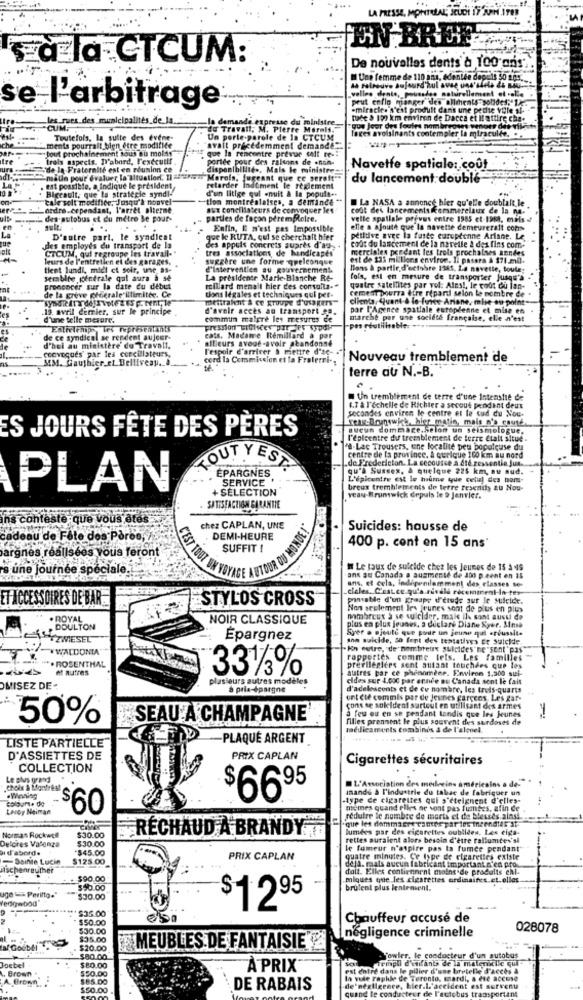
LA PRESSE, MONTRÉAL; JEUDI 17'NIN ITER
EN BREL
à la CTCUM:
De nouvelles dents à 100 ans.
Une femme de 110 ans, édentée depuis 50 01.
as retrouve aujourd'hui avse uns'slets &h
_velles dents, pousadas naturellement et al.
peut enflo manger des aliments sondes,"14
se l'arbitrage
-miracle. s'est produit dans une petite ville si-
les rues des municipalités_de_la.
tuade & 100 km environ de Dacca et Il attire che-
CUM
de Travail, M
Pierre Mo
Teres avoisinants contempler la mirac
que Jeer des foules nomir
Toutefois, la suite des évene-
Un porte-parole de la CTCUM
Jout prochainement sous ou moldy
ments pourrall bien etre modifice
que la rencontre prevue cit re -!
avait précédemment demande __
trois aspects. D'abord, l'exécutif.
portée pour des raisons de .non-
de la Fraternité est en réunion ce
disponibilité -, Mais le ministre-
Navette spatiale: coût
-malle pour valuer lo Ituation. Il ="wir"Merola, jugeant que ce gereft""
du lancement doublé
est possible, a Indique le president
Biccault, que la strategie syndl-
retarder Indûment le règlement
d'un litige qui -nuit & la popula-
cale solt modifice, Jusqu'à nouvel-
"tion montrealaises, a demande "
La NASA a annonce hier qu'elle doublalt le
_ordre-cependant, l'arret alterne
aux conciliateurs de convoquer les
cout des lancements kommerelaux de la na.
des autobus et du métro be pour-
parties de façon perem Rolre.
vette spallale prýves entre 1985 ct-19M, mils +
Enfin, E n'est pas Impossible
elle a ajoute que la navette demeureralt com
D'autre part, le syndicat
que le RUTA, qui se cherchait hier
petitive avec la fuite européenne Ariane. Le
cont du lancement de la nacelle à des fins com"
CTCUM, qui regroupe les travail-
des employés du transport de la
tres associations, de handicapés
des appels concrets supres d'ag
merciales pendant les trois prochaines années
leurs de l'entretien et des garages,
suggère une forme quelconque
est de $35 millions environ. Il pasara & 171.md.
tient lundi, miel et soir, une as-
d'intervention au gouvernement.
Hons & partir d'octobre 1985, La navette, toute
semblte pointrale qui aura à se
La presidente Marie-Blanche Re-
fols, est en mesure de transporter Jusqu'à
Fromcocer sur la date du début
de la greve péeerale'illimitée. Ce
millard menail hier des consulta."
cement pourra être répardi selon le nombre de
quatre satellites par yol: Ainsi, le coût du lan-
dons légales et techniques qui per-
clients. quant & le-forte Ariane, mise au point-
.19 avril derrier, sur le principe
d'avoir accès au transport sa.
par l'Agence spatiale européenne et mise en
d'une telle mesure.
commun malgré les mesures de
marche par une société française, elle n'est
réutilisable:
Estielemp , les représentants
de ce syndical se rendent aujour-
ailleurs avoue-avoir standonse
cats, Madame Remillard a par
d'hui au ministère de Travail.
convoques' par les conciliateurs,
l'espoir d'arriver & mettre d'ac-
SIM. Gauthier et Belliveay. ..
cerd la Commission et ta Fraterri-
Nouveau tremblement de
terre au N .- B.
Un tremblement de terre d'une Intenshie de
6.7 à l'échelle de Richter a secoué pendant deux
secondes enviren le centre et le tud du Nou-
freak-Brunswick, hier matin, mais n's court
ES JOURS FÊTE DES PÈRES
aucun dommage,selon un seismologue.
l'épicentre du tremblement de terre Ctalt situe .
"a-Lac Trousers, une localité peu bopuleuse du
TOUT YEST
centre de la province. A quelque 160 km au nord
.de Fredericton. La secousse à Até ressentie Jun.
ÉPARGNES
qu'a Sussex, A quelque 225 km, au sud.
SERVICE
L'épicentre est le hume que celuj des bom-
PLAN
- SÉLECTION
breux tremblements de terre tesenity au Nou-
yeay-Brunswick depuis le 9 Janvier.
SATISFACTION GARANTIE
ins conteste que vous êtes
chez CAPLAN, UNE
Suicides: hausse de
cadeau de Fête des Porco,
DEMI-HEURE
400 p. cont en 15 ans'
argnes réalisées vous feront
SUFFIT !
C'EST TOUT
's une journée speciale.
VOYAGE AUTOUR
I Le taux de suicide chez les Jeunes de 15 3 49
ans au Canada a augmenté de 30o p.eent en 15
ans, et cela, indipenilomment des classes se-
EFACCESSOIRES DE BAR
STYLOS CROSS
pomsable d'un Kraape d'etude sur Je suicidr.
Non seulement Irs jeunes sont de plus en plus
NOIR CLASSIQUE
nombreux > se suicider, mais ils sont aussi do
DOULTON
plus en plus jeunes, a déclaré Diane Syer. Mina
Syer . ajoute que ponte un jeune qui aréussite
44ZWIESEL
Epargnez
she suicide, so font des tentatives Ee suicide
-Kn outre, "de' nombretrx suicides"ne "sent p35"
WALDONA
rapportes comme tels. Les familles
*** > ROSENTHAL
331/3%
prerileglers sent autant touchdes que les
autres par ce phénomène. Environ 1,500 sui-
plusieurs autres modèles
cides sur 4.000 par onnie Bu Canada sont le fait
OMISEZ DE -
a pria-épargne
d'adolescents et de cu nombre, les trois-quarts
ont ete commis par de Jeunes garcens. Les gar-
cons se soleldent surtout en utilisant des armes
a feu ou en se pendant tandis que les Jeunes
50%
SEAU A CHAMPAGNE'
filles prennent le plus souvent des surdoses de
médicaments combines & de l'alenel
-PLAQUE ARGENT
LISTE PARTIELLE
D'ASSIETTES DE
PRIX CAPLAN
Cigarettes sécuritaires
COLLECTION
Le plus grand
.choix & Montres
L'Association des medleeins américains a
mande à l'industrie du tabac de fabriquer un
6695
type de cigarettes qui s'éteignent d'elles-
Leroy Neiman
$60
memes quand elles ne sont pas fumtes, afin de
réduire le nombre de morts et de blesses ainsi.
"que les dommages camer par los incendiar at
lumées par des cigarettes oublides, Les eiga-
Delores Valenza
Norman Rockwell
$30.00
$30.00
RÉCHAUD A BRANDY
rettes auraient alors besoin d'être fallumtes'si
ai d'abord.
-$45.00
le fumeur n'aspire pas la fumée pendant
-Sainte Lucie
$125.00
PRIX CAPLAN
quatre minutes. Ce type de cigarettes existe
dela. mais aucun fabricant important n'en pro
ischenreuther
dult. Elles contiennent moins de produits ehl-
$90.00
miques que les clesrettes ordinaires et.elle
uge Perilto."
$50.00
$1 995
brulent plus lentement.
$30.00
$35.00
$50.00
Chauffeur accusé de
$30.00
négligence criminelle
028078
$35.00
af Godbill
$20.00
MEUBLES DE FANTAISIE"
Joebel
$80.00
Templi d'enfants de la maleniclic qui
jowler.
le conducteur d'un autobus
L. Brown .
$80.00
$50.00
À PRIX
re dans le pilier d'une bretelle f'accès à
$85.00
la vele raphle de Toronto, mardi, a été accuse
$50.00
DE RABAIS
de'négligence, hier.L'accident est survenu
e cond
eur de l'